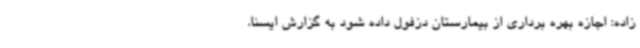
زاده: اجازه بهره برداری از بیمارستان دزفول داده شود به گزارش ایسنا،